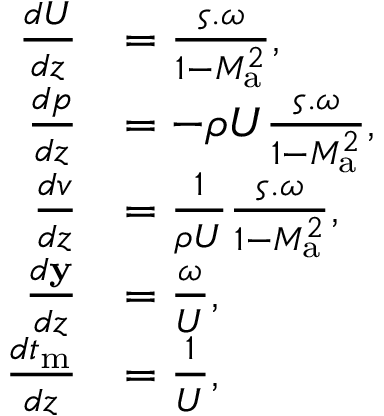
\begin{array} { r l } { \frac { d U } { d z } } & { = \frac { \boldsymbol { \varsigma . } \boldsymbol { \omega } } { 1 - M _ { \mathrm { a } } ^ { 2 } } , } \\ { \frac { d p } { d z } } & { = - \rho U \frac { \boldsymbol { \varsigma . } \boldsymbol { \omega } } { 1 - M _ { \mathrm { a } } ^ { 2 } } , } \\ { \frac { d v } { d z } } & { = \frac { 1 } { \rho U } \frac { \boldsymbol { \varsigma . } \boldsymbol { \omega } } { 1 - M _ { \mathrm { a } } ^ { 2 } } , } \\ { \frac { d \mathbf { y } } { d z } } & { = \frac { \boldsymbol { \omega } } { U } , } \\ { \frac { d t _ { \mathrm { m } } } { d z } } & { = \frac { 1 } { U } , } \end{array}